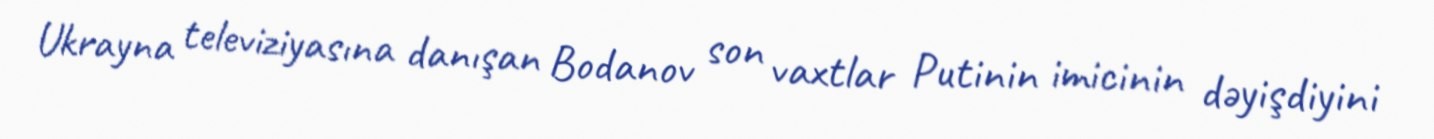
Ukrayna televiziyasına danışan Bodanov son vaxtlar Putinin imicinin dəyişdiyini